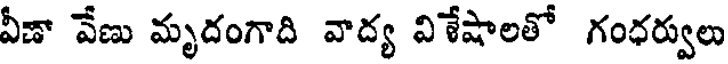
వీణా వేణు మృదంగాది వాద్య విశేషాలతో గంధర్వులు